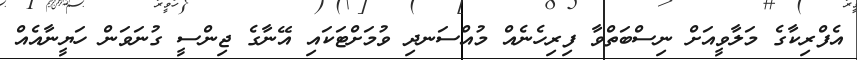
އެފްރިކާގެ މަލާވީއަށް ނިސްބަތްވާ ފިރިހެނެއް މުއްސަނދި ވުމަށްޓަކައި އޭނާގެ ޖިންސީ ގުނަވަން ހަޔީނާއެއް